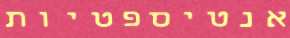
אנטיספטיות